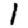
Digit: 1